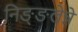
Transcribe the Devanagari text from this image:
निङ्ङलेन्ने